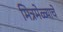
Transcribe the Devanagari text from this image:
मित्रमेळ्याचे